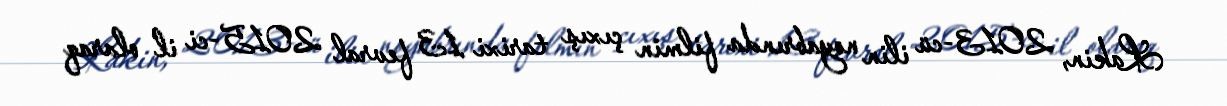
Lakin, 2013-cü ilin noyabrında filmin çıxış tarixi 13 fevral 2015-ci il olaraq